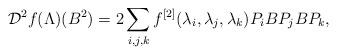
LaTeX: \begin{align*} \mathcal{D}^2f(\Lambda)(B^2)=2\sum_{i,j,k}f^{[2]}(\lambda_i,\lambda_j,\lambda_k)P_iBP_jBP_k,\end{align*}